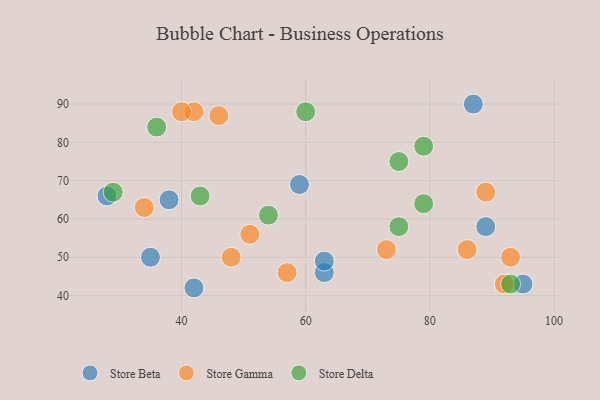
{"axis": {"x": "GDP", "y": "Life Expectancy"}, "legend": ["Store Beta", "Store Delta", "Store Gamma"], "data": [{"x": "87", "y": 90, "type": "Store Beta"}, {"x": "38", "y": 65, "type": "Store Beta"}, {"x": "59", "y": 69, "type": "Store Beta"}, {"x": "89", "y": 58, "type": "Store Beta"}, {"x": "95", "y": 43, "type": "Store Beta"}, {"x": "28", "y": 66, "type": "Store Beta"}, {"x": "63", "y": 46, "type": "Store Beta"}, {"x": "42", "y": 42, "type": "Store Beta"}, {"x": "35", "y": 50, "type": "Store Beta"}, {"x": "63", "y": 49, "type": "Store Beta"}, {"x": "73", "y": 52, "type": "Store Gamma"}, {"x": "42", "y": 88, "type": "Store Gamma"}, {"x": "48", "y": 50, "type": "Store Gamma"}, {"x": "40", "y": 88, "type": "Store Gamma"}, {"x": "57", "y": 46, "type": "Store Gamma"}, {"x": "34", "y": 63, "type": "Store Gamma"}, {"x": "51", "y": 56, "type": "Store Gamma"}, {"x": "92", "y": 43, "type": "Store Gamma"}, {"x": "93", "y": 50, "type": "Store Gamma"}, {"x": "46", "y": 87, "type": "Store Gamma"}, {"x": "89", "y": 67, "type": "Store Gamma"}, {"x": "86", "y": 52, "type": "Store Gamma"}, {"x": "75", "y": 75, "type": "Store Delta"}, {"x": "75", "y": 58, "type": "Store Delta"}, {"x": "79", "y": 64, "type": "Store Delta"}, {"x": "79", "y": 79, "type": "Store Delta"}, {"x": "54", "y": 61, "type": "Store Delta"}, {"x": "93", "y": 43, "type": "Store Delta"}, {"x": "36", "y": 84, "type": "Store Delta"}, {"x": "43", "y": 66, "type": "Store Delta"}, {"x": "29", "y": 67, "type": "Store Delta"}, {"x": "60", "y": 88, "type": "Store Delta"}]}